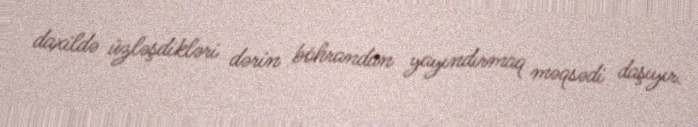
daxildə üzləşdikləri dərin böhrandan yayındırmaq məqsədi daşıyır.